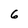
Character: 6